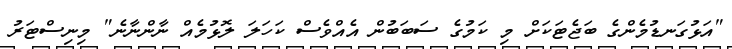
"އަޅުގަނޑުމެންގެ ބަޖެޓަކަށް މި ކަމުގެ ސަބަބުން އެއްވެސް ކަހަލަ ލޮޅުމެއް ނާންނާނެ" މިނިސްޓަރު